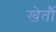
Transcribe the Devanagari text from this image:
खेतौं